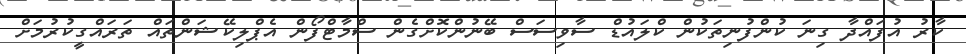
ކާރު އުފައްދާ ގިނަ ކުންފުނިތަކުން ކްލައުޑް ސާވިސަސް ބޭނުންކޮށްގެން ސްމާޓްފޯން އެޕްލިކޭޝަންތައް ތަރައްގީކުރުމަށް